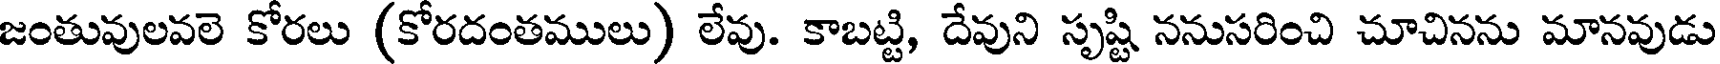
జంతువులవలె కోరలు (కోరదంతములు) లేవు. కాబట్టి, దేవుని సృష్టి ననుసరించి చూచినను మానవుడు